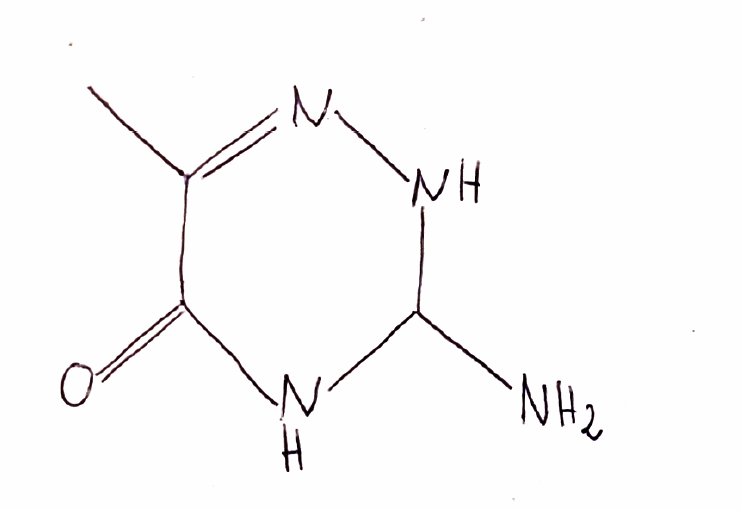
Simplified molecular-input line-entry system (SMILES) notation of the given molecule:
CC1=NNC(NC1=O)N